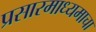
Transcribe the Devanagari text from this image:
प्रसारमाध्यमाचा